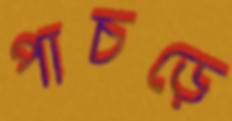
পাচড়ে